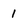
Character: 1